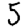
Digit: 5